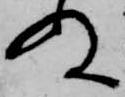
ぬ